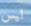
ليس